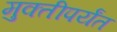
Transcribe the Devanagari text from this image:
मुक्तीपर्यंत